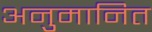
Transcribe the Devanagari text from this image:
अनुमानित